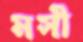
মসী